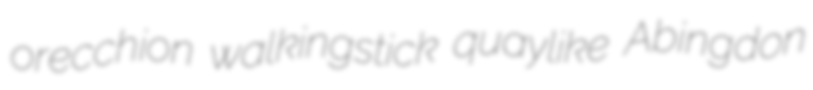
orecchion walkingstick quaylike Abingdon